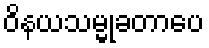
ဝိနယသမ္မုခတာပေ